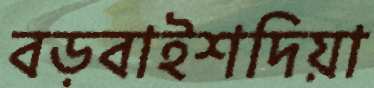
বড়বাইশদিয়া